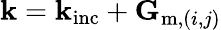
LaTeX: \mathbf{k}=\mathbf{k}_{\mathrm{inc}}+\mathbf{G}_{\mathrm{m},(i,j)}